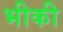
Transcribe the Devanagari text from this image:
भीकी